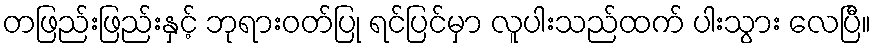
တဖြည်းဖြည်းနှင့် ဘုရားဝတ်ပြု ရင်ပြင်မှာ လူပါးသည်ထက် ပါးသွား လေပြီ။